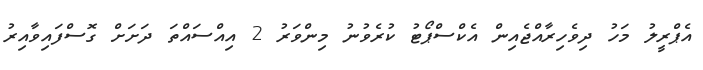
އެޕްރީލު މަހު ދިވެހިރާއްޖެއިން އެކްސްޕޯޓު ކުރެވުނު މިންވަރު 2 އިއްސައްތަ ދަށަށް ގޮސްފައިވާއިރު